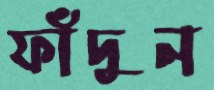
ফাঁদুন